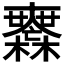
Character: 𣠮